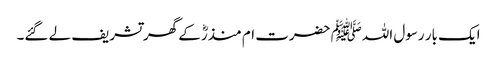
ایک بار رسول اللہﷺ حضرت ام منذرؓ کے گھر تشریف لے گئے۔